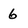
Character: 6